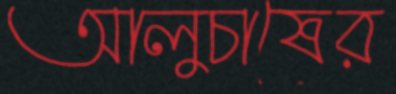
আলুচাষের